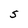
Character: S